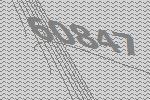
60847